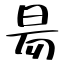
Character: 昜